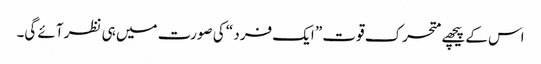
اس کے پیچھے متحرک قوت ” ایک فرد “ کی صورت میں ہی نظر آئے گی۔